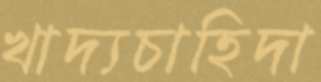
খাদ্যচাহিদা